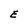
Character: E